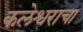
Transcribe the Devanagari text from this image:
कलेश्वराचा